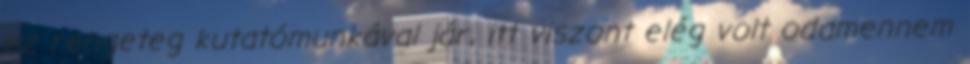
ez rengeteg kutatómunkával jár, itt viszont elég volt odamennem